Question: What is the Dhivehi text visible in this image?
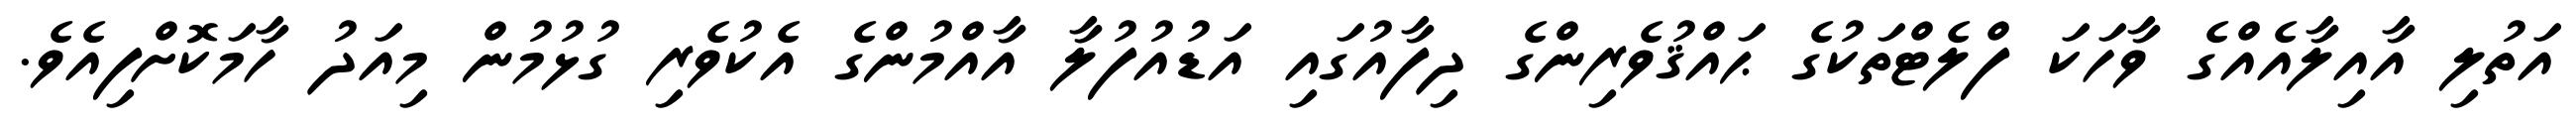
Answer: އަތުލި އާއިލާއެއްގެ ވާހަކަ ފްލެޓްތަކުގެ ޙައްޤުވެރިންގެ ދިފާއުގައި އަޑުއުފުލާ އާއްމުންގެ އެކުވެރި ގުޅުމުން މިއަދު ހާމަކޮށްފިއެވެ.